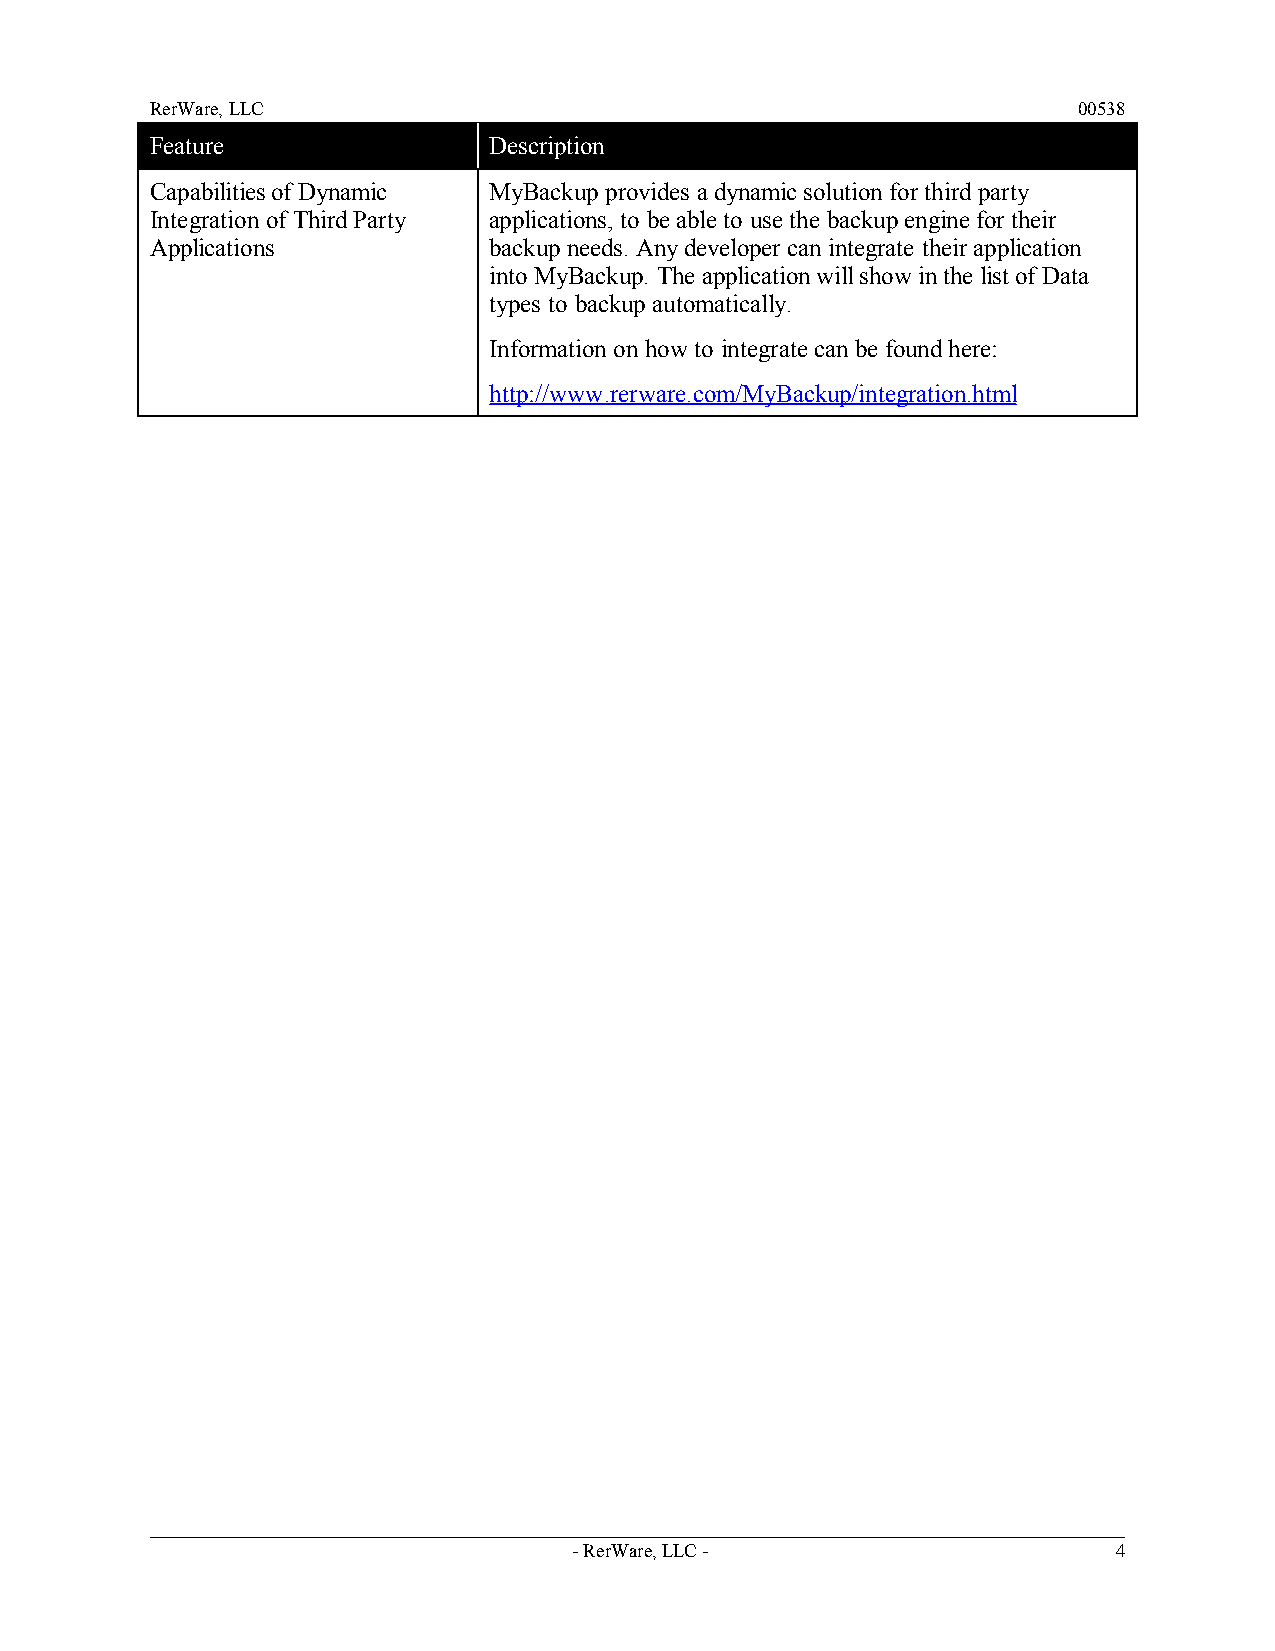
RerWare, LLC                                                 00538
 Feature               Description
 Capabilities of Dynamic MyBackup provides a dynamic solution for third party
 Integration of Third Party applications, to be able to use the backup engine for their
 Applications          backup needs. Any developer can integrate their application
 into MyBackup. The application will show in the list of Data
 types to backup automatically.
 Information on how to integrate can be found here:
 http://www.rerware.com/MyBackup/integration.html
 - RerWare, LLC -                    4